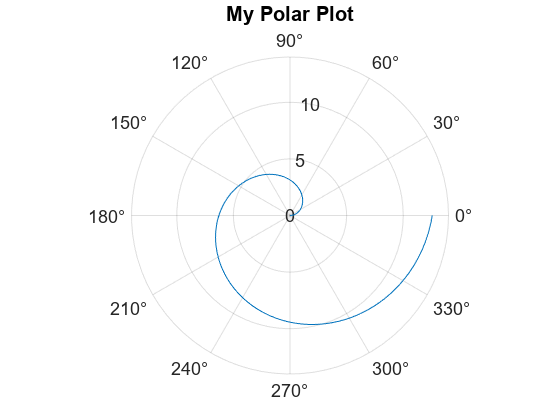
matlab, figure, polarplot